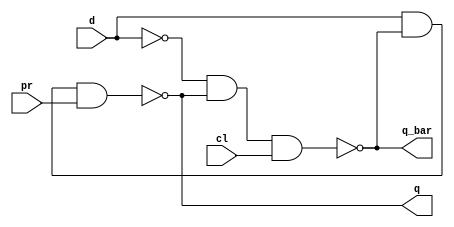
// ---------------------
// Guia 10_03 - Latch D com portas NAND,PRESET E CLEAR.
// Nome:Ndia de Souza Maciel Vieira Ferreira 
// ---------------------

//Implementar um latch D com portas NAND,PRESET e CLEAR.
 
// -------------------------------------------------------------------------------------------------------------------------------------------------------------------

module latch_D (q_bar, q, d, pr, cl);

output q, q_bar;
input d, pr, cl;

wire dL;

not NOT1(dL, d);

nand NAND1(q, d, q_bar, pr);
nand NAND2(q_bar, dL, q, cl);

endmodule 

module Exercicio3;
wire q, q_bar;
reg d, pr,cl;

latch_D LSR_NAND (q_bar, q, d, pr, cl);

initial begin:start
d=0;cl=0;pr=0;
end

initial begin: main
	   $display("Guia 10_03 -Ndia De souza Maciel Vieira Ferreira");
      $display("Latch D com portas NAND");
		$display("D   CLEAR  PRESET   Q    Q'");
		$monitor("%b    %b      %b       %b    %b", d, cl, pr,q_bar, q);
		
		#1 d=1; cl=0; pr=0;
		#1 d=0; cl=1; pr=0;
		#1 d=1; cl=0; pr=1;
		#1 d=0; cl=1; pr=1;

end

endmodule

/* Resultado obtido
    D   CLEAR  PRESET   Q    Q'
    0    0      0       1    1
    1    0      0       1    1
    0    1      0       0    1
    1    0      1       1    0
    0    1      1       0    1
    
      */